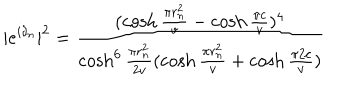
LaTeX: | e ^ { i \delta _ { n } } | ^ { 2 } = \frac { ( \cosh \frac { \pi r _ { n } ^ { 2 } } { v } - \cosh \frac { \pi c } { v } ) ^ { 4 } } { \cosh ^ { 6 } \frac { \pi r _ { n } ^ { 2 } } { 2 v } ( \cosh \frac { \pi r _ { n } ^ { 2 } } { v } + \cosh \frac { \pi 2 c } { v } ) }